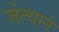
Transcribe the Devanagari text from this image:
जेत्याने